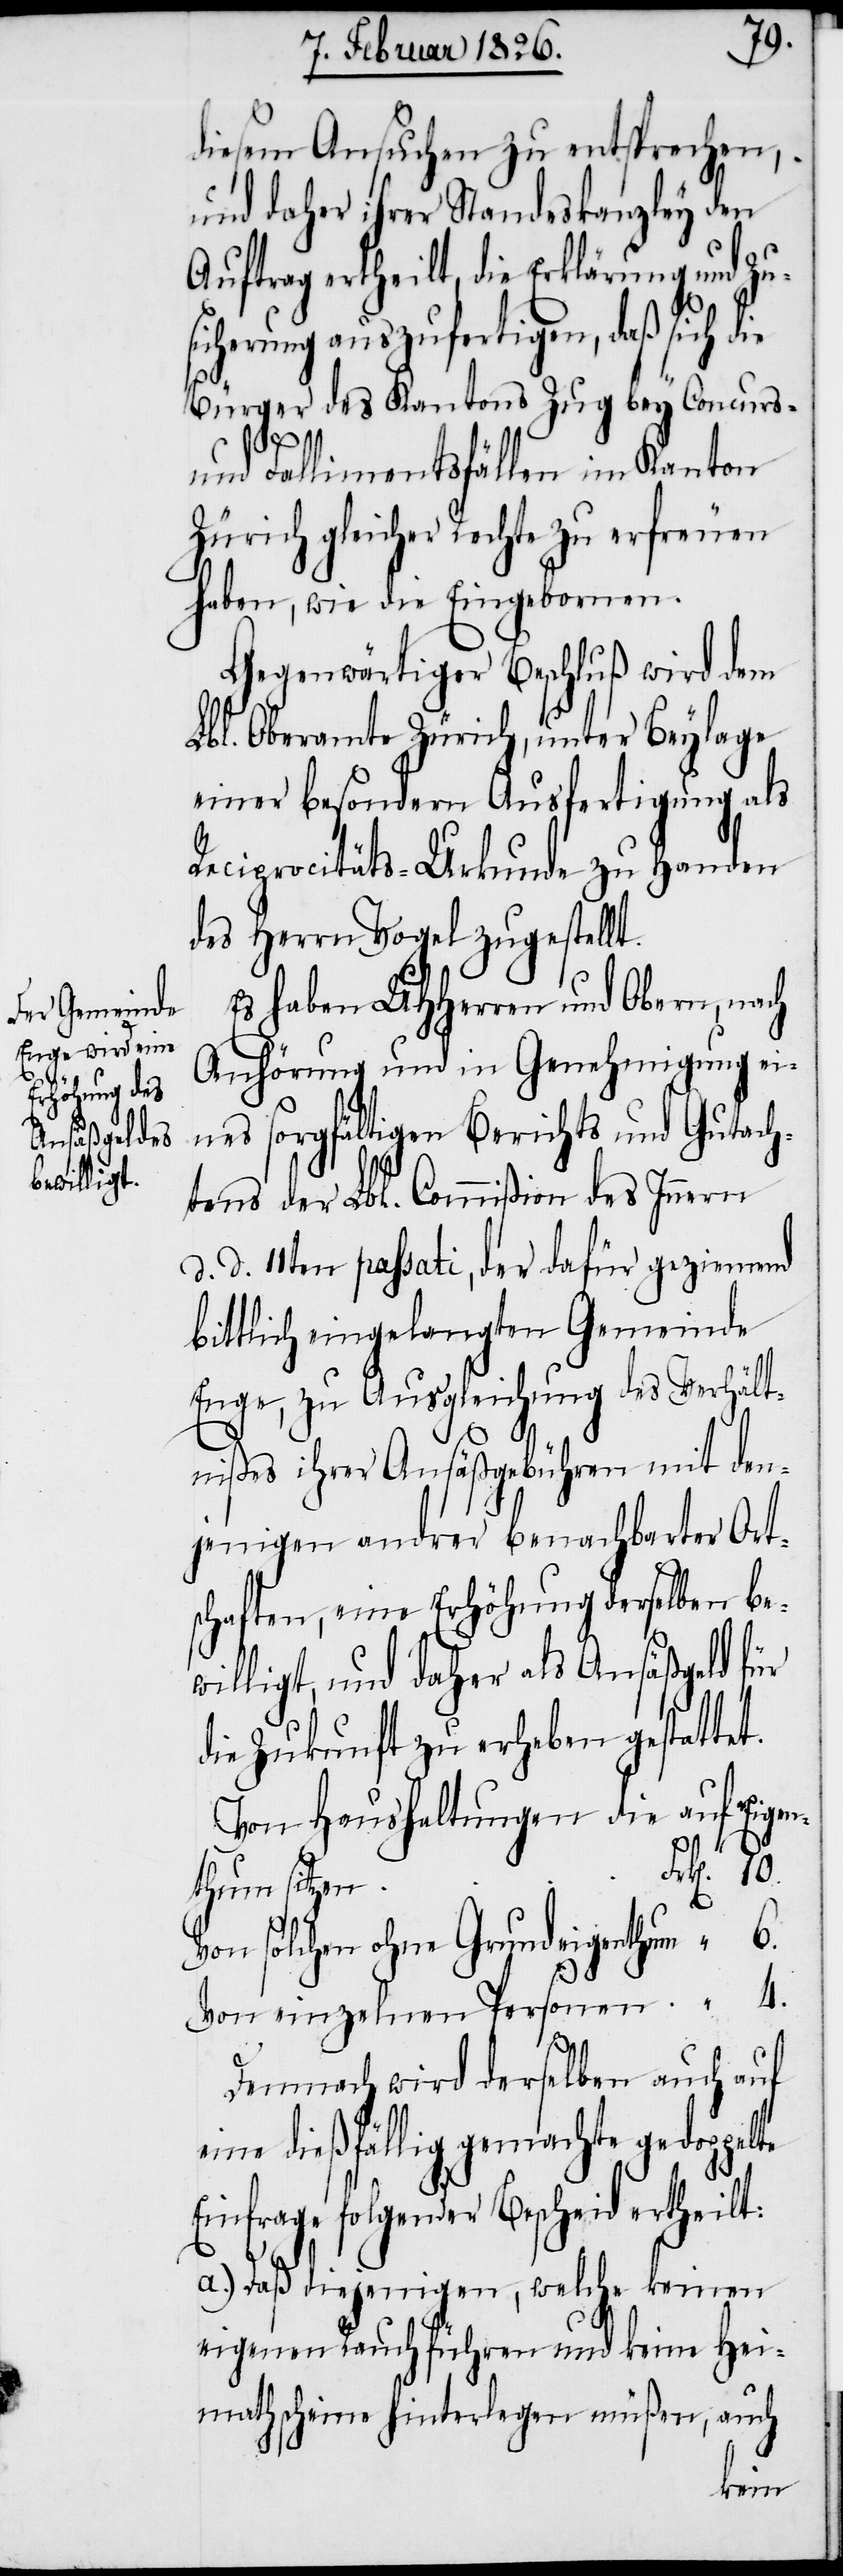
n einzelnen

10.
diesem Ansuchen zu entsprechen, –
und daher ihrer Standeskanzley den
Auftrag ertheilt, die Erklärung und Zus¬
icherung auszufertigen, daß sich d¬
Bürger des Kantons Zug bey Concurs-
und Fallimentsfällen im Kanton
Zürich gleicher Rechte zu erfreuen
haben, wie die Eingebornen.
Gegenwärtiger Beschluß wird dem
Lbl. Oberamte Zürich, unter Beylage
einer besondern Ausfertigung als
Reciprocitäts-Urkunde zu Handen
des Herrn Vogel zugestellt.
Es haben UHHerren und Obern, nach
Anhörung und in Genehmigung ei¬
nes sorgfältigen Berichts und Gutach¬
tens der Lbl. Commißion des Innern
d. d. 11ten passati, der dafür geziemend
bittlich eingelangten Gemeinde
Enge, zu Ausgleichung des Verhält¬
nißes ihrer Ansäßgebühren mit den¬
jenigen andrer benachbarter Ort¬
schaften, eine Erhöhung derselben be¬
willigt, und daher als Ansäßgeld für
die Zukunft zu erheben gestattet.
Von Haushaltungen die auf Eigent¬
Von solchen ohne Grundeigenthum
Vo¬
Demnach wird derselben auf
eine dießfällig gemachte gedoppelte
Einfrage folgender Bescheid ertheilt:
a.) Daß diejenigen, welche keinen
eigenen Rauch führen und keine Hei¬
mathscheine hinterlegen müßen, auch